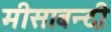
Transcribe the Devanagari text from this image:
मीसाबन्दी